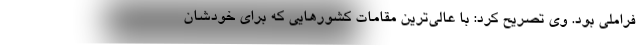
فراملی بود. وی تصریح کرد: با عالی‌ترین مقامات کشورهایی که برای خودشان